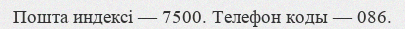
Пошта индексі — 7500. Телефон коды — 086.